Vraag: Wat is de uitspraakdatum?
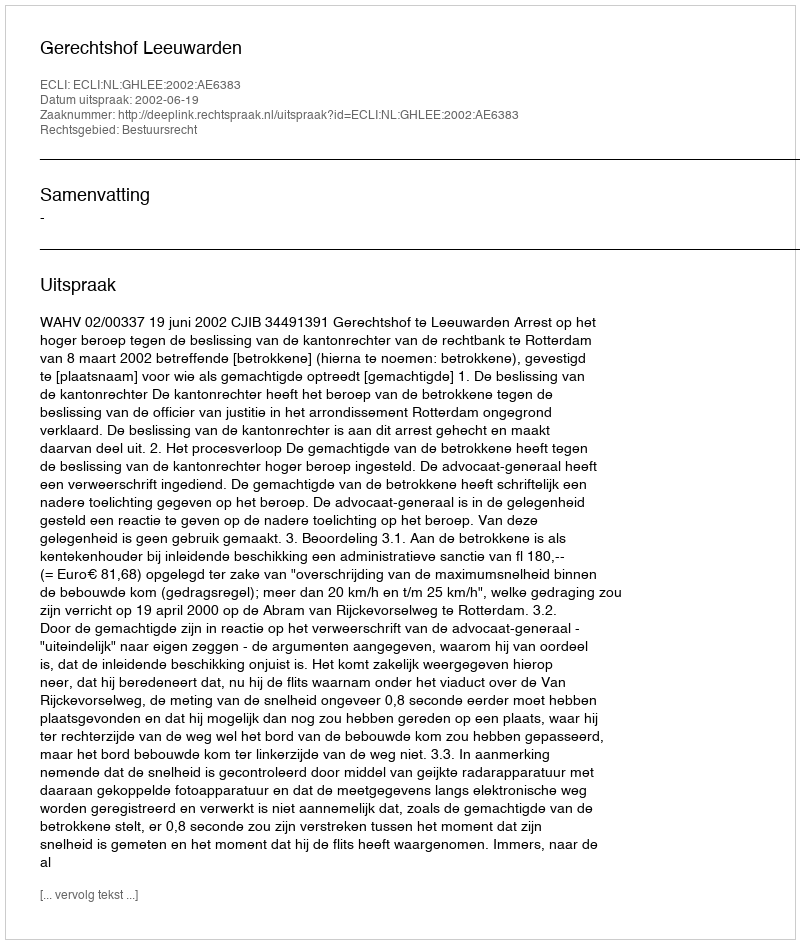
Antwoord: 2002-06-19